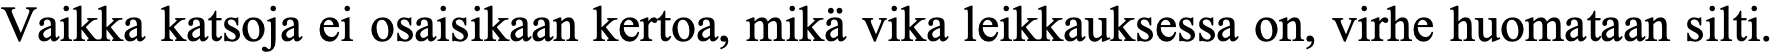
Vaikka katsoja ei osaisikaan kertoa, mikä vika leikkauksessa on, virhe huomataan silti.